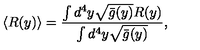
\langle R ( y ) \rangle = \frac { \int d ^ { 4 } y \sqrt { \bar { g } ( y ) } R ( y ) } { \int d ^ { 4 } y \sqrt { \bar { g } ( y ) } } ,